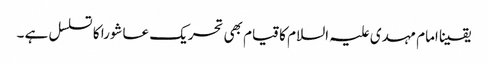
یقینا امام مہدی علیہ السلام کا قیام بھی تحریک عاشورا کا تسلسل ہے ۔